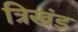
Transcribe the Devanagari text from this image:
त्रिखंड